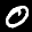
Label: 0